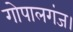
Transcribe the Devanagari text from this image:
गोपालगंज।